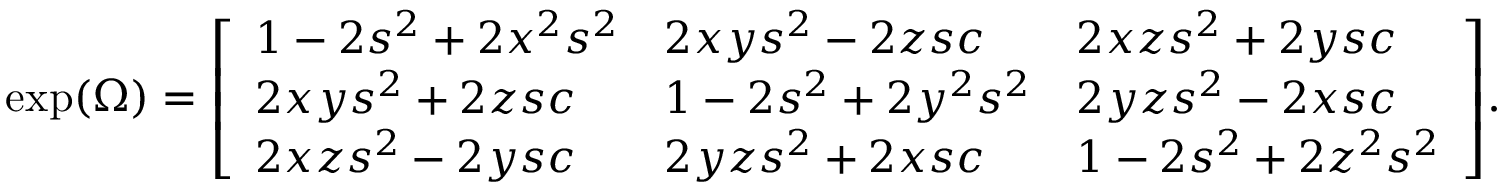
\exp ( \Omega ) = { \left[ \begin{array} { l l l } { 1 - 2 s ^ { 2 } + 2 x ^ { 2 } s ^ { 2 } } & { 2 x y s ^ { 2 } - 2 z s c } & { 2 x z s ^ { 2 } + 2 y s c } \\ { 2 x y s ^ { 2 } + 2 z s c } & { 1 - 2 s ^ { 2 } + 2 y ^ { 2 } s ^ { 2 } } & { 2 y z s ^ { 2 } - 2 x s c } \\ { 2 x z s ^ { 2 } - 2 y s c } & { 2 y z s ^ { 2 } + 2 x s c } & { 1 - 2 s ^ { 2 } + 2 z ^ { 2 } s ^ { 2 } } \end{array} \right] } .